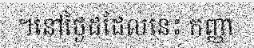
។នៅថ្ងៃដដែលនេះ កញ្ញា